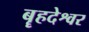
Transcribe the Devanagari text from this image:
बॄहदेश्वर